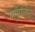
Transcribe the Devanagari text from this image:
पॉपुलिस्ट